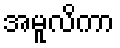
အမူလိကာ